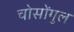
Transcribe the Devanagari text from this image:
चोसोंगुल